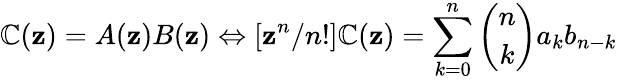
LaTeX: \mathbb{C}(\mathbf{z})=A(\mathbf{z})B(\mathbf{z})\Leftrightarrow[\mathbf{z}^{n}/n!]\mathbb{C}(\mathbf{z})=\sum_{k=0}^{n}{\binom{n}{k}}a_{k}b_{n-k}